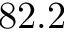
8 2 . 2